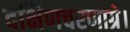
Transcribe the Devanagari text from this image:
दक्षिणचरणाग्रे।